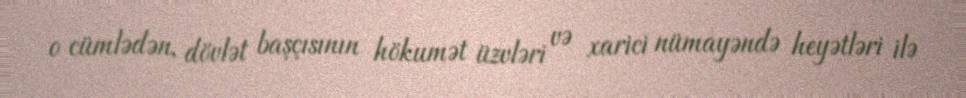
o cümlədən, dövlət başçısının hökumət üzvləri və xarici nümayəndə heyətləri ilə